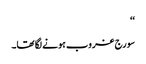
‘‘
سورج غروب ہونے لگا تھا۔